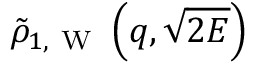
\tilde { \rho } _ { 1 , \mathrm { ~ W ~ } } \left( q , \sqrt { 2 E } \right)